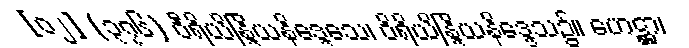
[၀၂] (၃၇၆) ဝီရိယိန္ဒြိယနိဒ္ဒေသေ၊ ဝိရိယိန္ဒြိယနိဒ္ဒေသ၌။ ဟေဋ္ဌာ၊